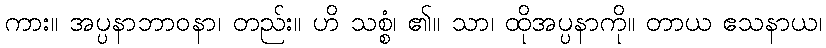
ကား။ အပ္ပနာဘာဝနာ၊ တည်း။ ဟိ သစ္စံ၊ ၏။ သာ၊ ထိုအပ္ပနာကို။ တာယ ဧသနာယ၊